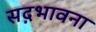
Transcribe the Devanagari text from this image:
सद़भावना